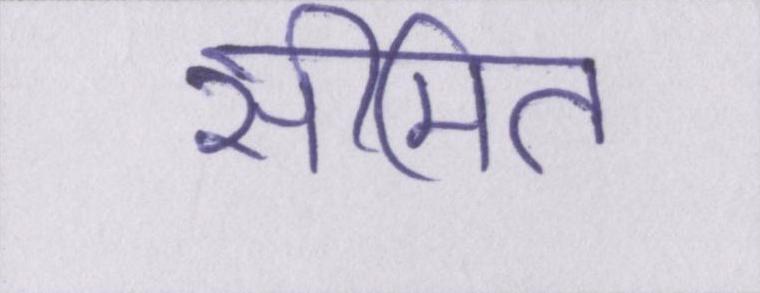
सीमित